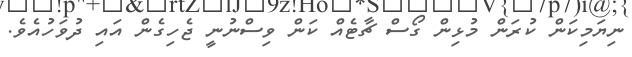
ނިޔަމިކަން ކުރަން މުޅިން ގޯސް ޗާޓެއް ކަން ވިސްނުނީ ޖެހިގެން އައި ދުވަހުއެވެ.